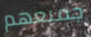
جميعهم